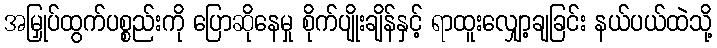
အမြှုပ်ထွက်ပစ္စည်းကို ပြောဆိုနေမှု စိုက်ပျိုးချိန်နှင့် ရာထူးလျှော့ချခြင်း နယ်ပယ်ထဲသို့